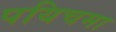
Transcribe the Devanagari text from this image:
पयिचमा